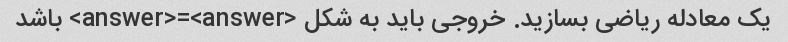
یک معادله ریاضی بسازید. خروجی باید به شکل <answer>=<answer> باشد